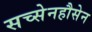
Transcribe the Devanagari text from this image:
सच्सेनहौसेन